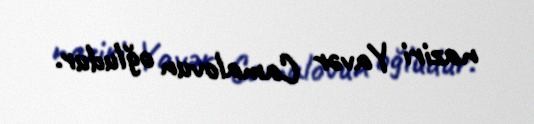
naziri Yavər Camalovun oğludur.